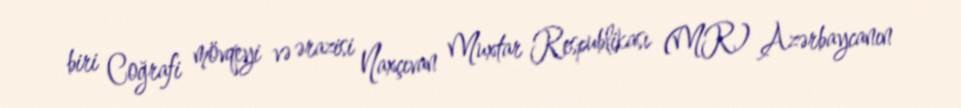
biri Coğrafi mövqeyi və ərazisi Naxçıvan Muxtar Respublikası (MR) Azərbaycanın